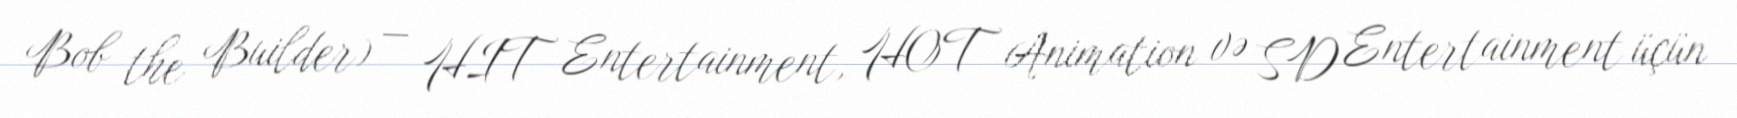
Bob the Builder) — HIT Entertainment, HOT Animation və SD Entertainment üçün